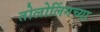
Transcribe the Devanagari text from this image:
तोलोलिंगच्या